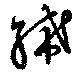
絺